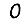
Digit: 0